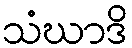
သံဃာဒိ